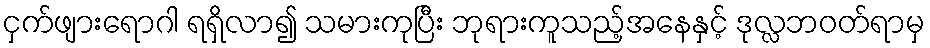
ငှက်ဖျားရောဂါ ရရှိလာ၍ သမားကုပြီး ဘုရားကူသည့်အနေနှင့် ဒုလ္လဘဝတ်ရာမှ